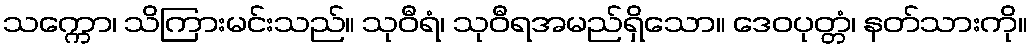
သက္ကော၊ သိကြားမင်းသည်။ သုဝီရံ၊ သုဝီရအမည်ရှိသော။ ဒေဝပုတ္တံ၊ နတ်သားကို။